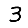
Digit: 3